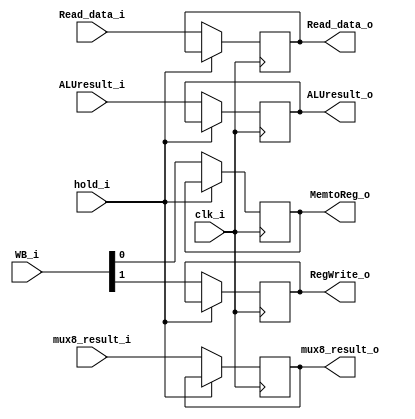
module MEM_WB(
    clk_i,
    WB_i,
    RegWrite_o,
    MemtoReg_o,
    Read_data_i,
    Read_data_o,
    ALUresult_i,
    ALUresult_o,
    mux8_result_i,
    mux8_result_o,
    hold_i
);

input	clk_i, hold_i;
input	[1:0]	WB_i;
input	[4:0]	mux8_result_i;
input	[31:0]	Read_data_i, ALUresult_i;
output	reg	RegWrite_o, MemtoReg_o;
output	reg	[4:0]	mux8_result_o;
output	reg	[31:0]	Read_data_o, ALUresult_o;

initial begin
	RegWrite_o = 1'b0;
    MemtoReg_o = 1'b0;
    Read_data_o = 32'b0;
    ALUresult_o = 32'b0;
    mux8_result_o = 5'b0;
end

always@(posedge clk_i) begin
	if(hold_i) begin
		RegWrite_o <= RegWrite_o;
    	MemtoReg_o <= MemtoReg_o;
    	Read_data_o <= Read_data_o;
    	ALUresult_o <= ALUresult_o;
    	mux8_result_o <= mux8_result_o;
	end
	else begin
		RegWrite_o <= WB_i[1];
    	MemtoReg_o <= WB_i[0];
    	Read_data_o <= Read_data_i;
    	ALUresult_o <= ALUresult_i;
    	mux8_result_o <= mux8_result_i;
	end
end
endmodule